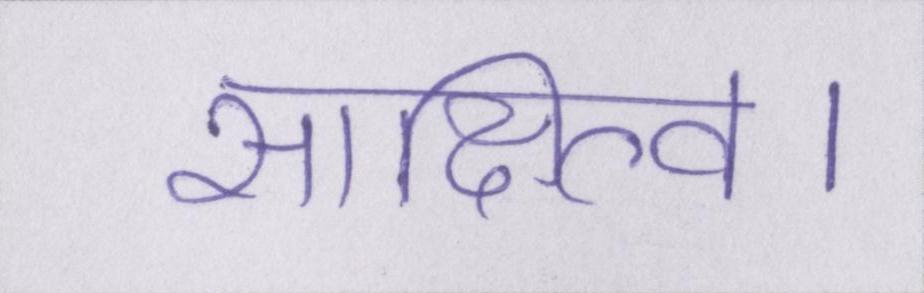
साक्षित्व।